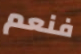
فنعم